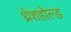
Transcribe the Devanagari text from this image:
थ्रेशहोल्ड